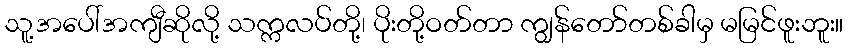
သူ့အပေါ်အကျီဆိုလို့ သက္ကလပ်တို့၊ ပိုးတို့ဝတ်တာ ကျွန်တော်တစ်ခါမှ မမြင်ဖူးဘူး။